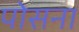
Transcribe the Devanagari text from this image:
पोसना